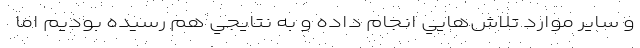
و ساير موارد تلاش‌هايي انجام داده و به نتايجي هم رسيده بوديم اما